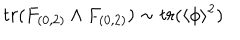
t r ( F _ { ( 0 , 2 ) } \wedge F _ { ( 0 , 2 ) } ) \sim t r ( \langle \phi \rangle ^ { 2 } )